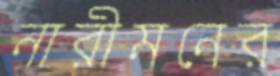
নারীমনের